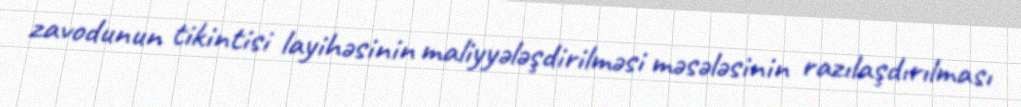
zavodunun tikintisi layihəsinin maliyyələşdirilməsi məsələsinin razılaşdırılması